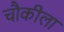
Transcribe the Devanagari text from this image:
चौकीला